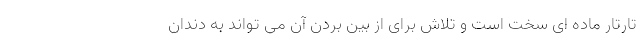
تارتار ماده ای سخت است و تلاش برای از بین بردن آن می تواند به دندان